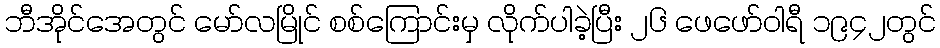
ဘီအိုင်အေတွင် မော်လမြိုင် စစ်ကြောင်းမှ လိုက်ပါခဲ့ပြီး ၂၆ ဖေဖော်ဝါရီ ၁၉၄၂တွင်